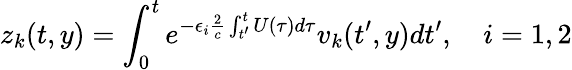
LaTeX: z_{k}(t,y)=\int_{0}^{t}e^{-\epsilon_{i}\frac{2}{c}\int_{t^{\prime}}^{t}U(\tau)d\tau}v_{k}(t^{\prime},y)dt^{\prime},\quad i=1,2